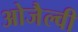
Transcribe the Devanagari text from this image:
ओजैल्वी